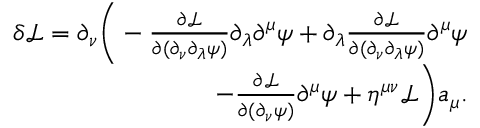
\begin{array} { r } { \delta \mathcal { L } = \partial _ { \nu } \bigg ( - \frac { \partial \mathcal { L } } { \partial ( \partial _ { \nu } \partial _ { \lambda } \psi ) } \partial _ { \lambda } \partial ^ { \mu } \psi + \partial _ { \lambda } \frac { \partial \mathcal { L } } { \partial ( \partial _ { \nu } \partial _ { \lambda } \psi ) } \partial ^ { \mu } \psi } \\ { - \frac { \partial \mathcal L } { \partial ( \partial _ { \nu } \psi ) } \partial ^ { \mu } \psi + \eta ^ { \mu \nu } \mathcal { L } \bigg ) a _ { \mu } . } \end{array}